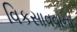
વિકસાવવાના